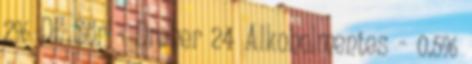
2% DE Sör - Dreher 24 Alkoholmentes - 0.5%